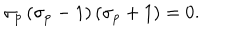
\sigma _ { p } \left( \sigma _ { p } - 1 \right) \left( \sigma _ { p } + 1 \right) = 0 .